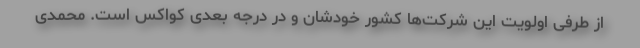
از طرفی اولویت این شرکت‌ها کشور خودشان و در درجه بعدی کواکس است. محمدی